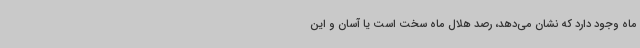
ماه وجود دارد که نشان می‌دهد، رصد هلال ماه سخت است یا آسان و این